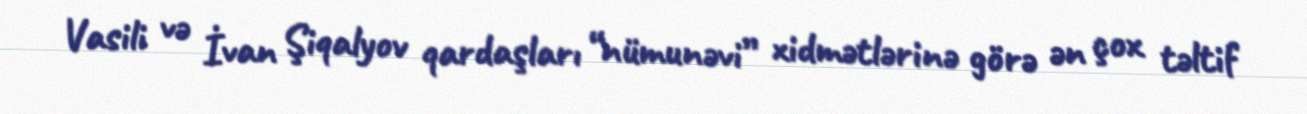
Vasili və İvan Şiqalyov qardaşları “nümunəvi” xidmətlərinə görə ən çox təltif